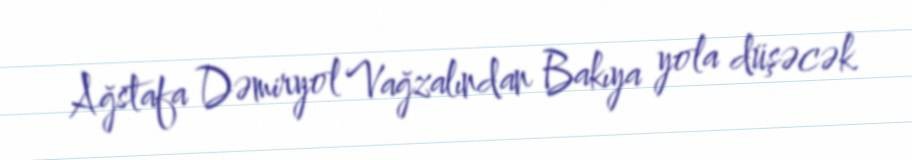
Ağstafa Dəmiryol Vağzalından Bakıya yola düşəcək.